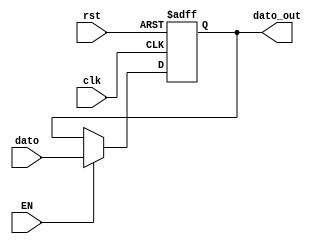
`timescale 1ns / 1ps
//////////////////////////////////////////////////////////////////////////////////
// Company: 
// Engineer: 
// 
// Design Name: 
// Module Name:    Reg_DatosListos 
// Project Name: 
// Target Devices: 
// Tool versions: 
// Description: 
//
// Dependencies: 
//
// Revision: 
// Revision 0.01 - File Created
// Additional Comments: 
//
//////////////////////////////////////////////////////////////////////////////////
module Reg_DatosListos(
		input wire [7:0] dato,
		input wire EN,
		input wire clk,
		input wire rst,
		output reg [7:0] dato_out
    );

always @ (posedge clk, posedge rst)
	if (rst)
		dato_out <= 8'b0;
	else if (EN)
		dato_out <= dato;

endmodule